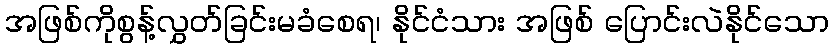
အဖြစ်ကိုစွန့်လွှတ်ခြင်းမခံစေရ၊ နိုင်ငံသား အဖြစ် ပြောင်းလဲနိုင်သော